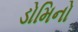
ડોમિનો